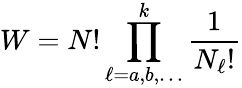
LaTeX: W=N!\prod_{\ell=a,b,\ldots}^{k}{\frac{1}{N_{\ell}!}}